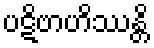
ပဋိဗာဟိဿန္တိ